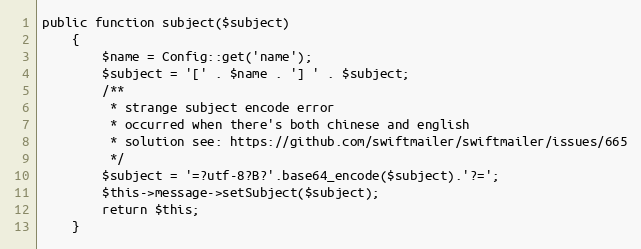
Language: PHP
public function subject($subject)
    {
        $name = Config::get('name');
        $subject = '[' . $name . '] ' . $subject;
        /**
         * strange subject encode error
         * occurred when there's both chinese and english
         * solution see: https://github.com/swiftmailer/swiftmailer/issues/665
         */
        $subject = '=?utf-8?B?'.base64_encode($subject).'?=';
        $this->message->setSubject($subject);
        return $this;
    }